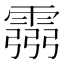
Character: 霛